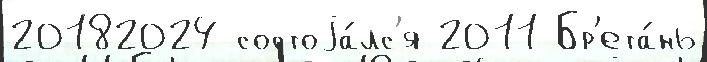
20182024 состоjа́лс'я 2011 Бр'ета́нь